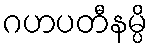
ဂဟပတီနမ္ပိ